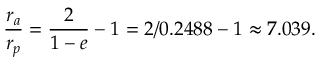
{ \frac { r _ { a } } { r _ { p } } } = { \frac { 2 } { 1 - e } } - 1 = 2 / 0 . 2 4 8 8 - 1 \approx 7 . 0 3 9 .